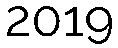
2019